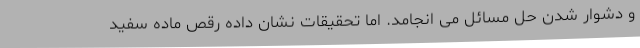
و دشوار شدن حل مسائل می انجامد. اما تحقیقات نشان داده رقص ماده سفید